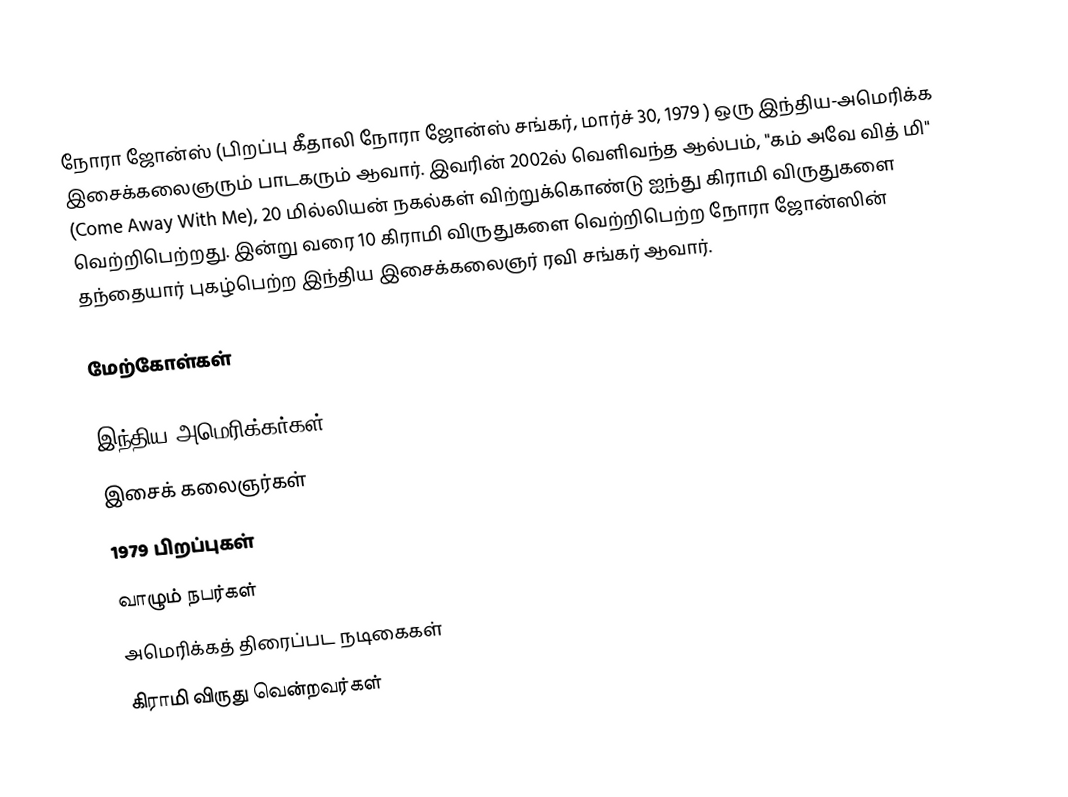
நோரா ஜோன்ஸ் (பிறப்பு கீதாலி நோரா ஜோன்ஸ் சங்கர், மார்ச் 30, 1979 ) ஒரு இந்திய-அமெரிக்க இசைக்கலைஞரும் பாடகரும் ஆவார். இவரின் 2002ல் வெளிவந்த ஆல்பம், "கம் அவே வித் மி" (Come Away With Me), 20 மில்லியன் நகல்கள் விற்றுக்கொண்டு ஐந்து கிராமி விருதுகளை வெற்றிபெற்றது. இன்று வரை 10 கிராமி விருதுகளை வெற்றிபெற்ற நோரா ஜோன்ஸின் தந்தையார் புகழ்பெற்ற இந்திய இசைக்கலைஞர் ரவி சங்கர் ஆவார்.

மேற்கோள்கள்

இந்திய அமெரிக்கர்கள்
இசைக் கலைஞர்கள்
1979 பிறப்புகள்
வாழும் நபர்கள்
அமெரிக்கத் திரைப்பட நடிகைகள்
கிராமி விருது வென்றவர்கள்